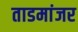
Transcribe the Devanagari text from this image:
ताडमांजर